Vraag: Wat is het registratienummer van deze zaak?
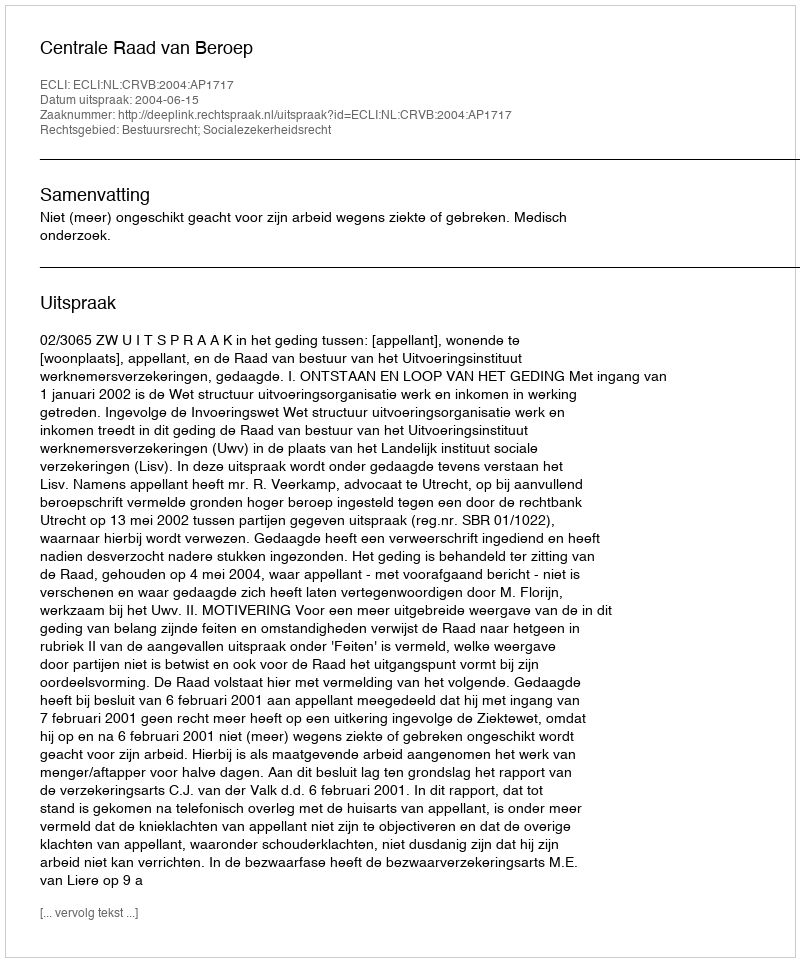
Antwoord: http://deeplink.rechtspraak.nl/uitspraak?id=ECLI:NL:CRVB:2004:AP1717